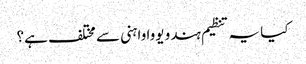
کیا یہ تنظیم ہندو یووا واہنی سے مختلف ہے؟